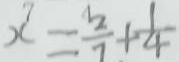
x = \frac { 2 } { 7 } + \frac { 1 } { 4 }